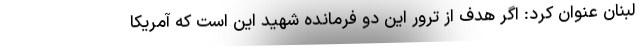
لبنان عنوان کرد: اگر هدف از ترور این دو فرمانده شهید این است که آمریکا